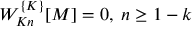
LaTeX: { \cal W } _ { K n } ^ { \{ K \} } [ M ] = 0 , \; n \geq 1 - k